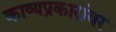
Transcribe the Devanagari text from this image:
काव्यप्रकारांवर